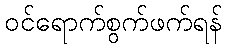
ဝင်ရောက်စွက်ဖက်ရန်